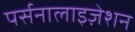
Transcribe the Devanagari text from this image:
पर्सनालाइज़ेशन